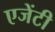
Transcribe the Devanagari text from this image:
एजेंटी